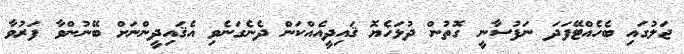
ޖަލުގައި ބެހެއްޓޭފަދަ ނަފުސާނީ ގޮތުން ދުޅަހެޔޮ ޤައިދީއެއްކަން ދެނެގަނެވި އެޤައިދީންނަށް ބޭނުންވާ ފަރުވާ